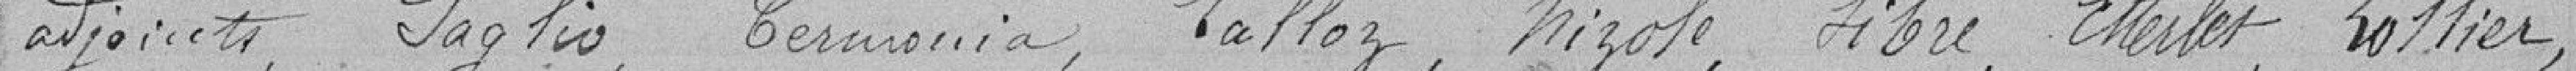
adjoints, Saglio, Termonia, Lalloz, Nizole, Sibre, Etterlet, Lollier,